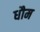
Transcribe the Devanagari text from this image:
धौम